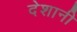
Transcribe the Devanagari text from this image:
देशानी